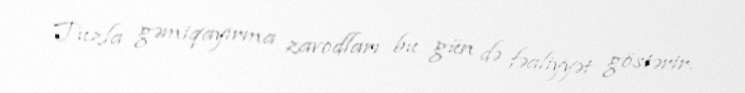
Tuzla gəmiqayırma zavodları bu gün də fəaliyyət göstərir.